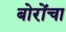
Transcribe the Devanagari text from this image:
बोरोंचा